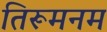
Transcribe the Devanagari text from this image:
तिरूमनम